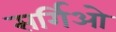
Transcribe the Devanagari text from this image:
सर्गिओ